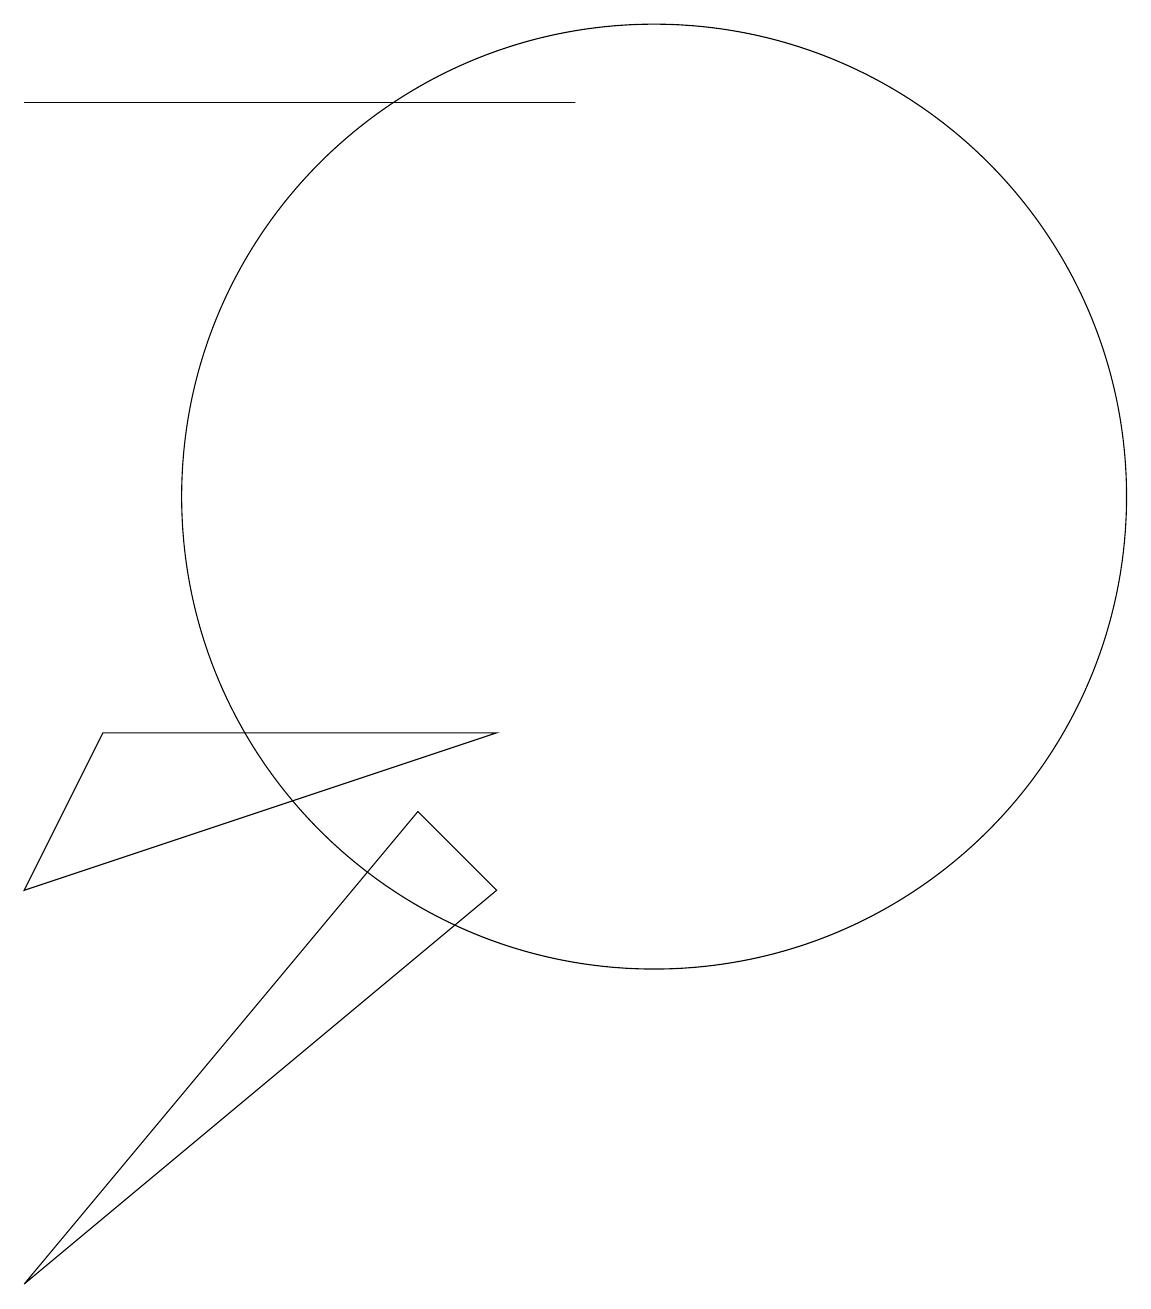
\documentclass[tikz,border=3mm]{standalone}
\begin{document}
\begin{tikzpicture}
\draw (10,12) circle (6);
\draw (9,17) rectangle (2,17);
\draw (8,7) -- (7,8) -- (2,2) -- cycle;
\draw (12,11) circle (0);
\draw (3,9) -- (8,9) -- (2,7) -- cycle;
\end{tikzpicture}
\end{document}